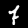
Label: 7